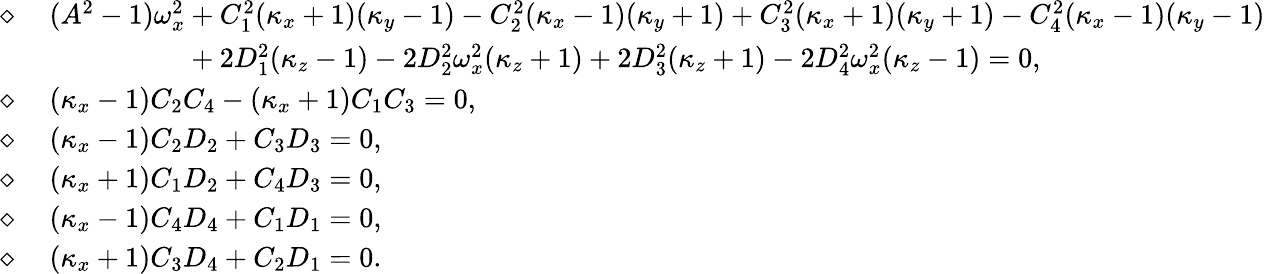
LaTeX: \begin{array}{rl}{\diamond\mathrm{~}}&{(A^{2}-1)\omega_{x}^{2}+C_{1}^{2}(\kappa_{x}+1)(\kappa_{y}-1)-C_{2}^{2}(\kappa_{x}-1)(\kappa_{y}+1)+C_{3}^{2}(\kappa_{x}+1)(\kappa_{y}+1)-C_{4}^{2}(\kappa_{x}-1)(\kappa_{y}-1)}\\ &{\phantom{(A^{2}-1)\omega_{x}^{2}}+2D_{1}^{2}(\kappa_{z}-1)-2D_{2}^{2}\omega_{x}^{2}(\kappa_{z}+1)+2D_{3}^{2}(\kappa_{z}+1)-2D_{4}^{2}\omega_{x}^{2}(\kappa_{z}-1)=0,}\\ {\diamond\mathrm{~}}&{(\kappa_{x}-1)C_{2}C_{4}-(\kappa_{x}+1)C_{1}C_{3}=0,}\\ {\diamond\mathrm{~}}&{(\kappa_{x}-1)C_{2}D_{2}+C_{3}D_{3}=0,}\\ {\diamond\mathrm{~}}&{(\kappa_{x}+1)C_{1}D_{2}+C_{4}D_{3}=0,}\\ {\diamond\mathrm{~}}&{(\kappa_{x}-1)C_{4}D_{4}+C_{1}D_{1}=0,}\\ {\diamond\mathrm{~}}&{(\kappa_{x}+1)C_{3}D_{4}+C_{2}D_{1}=0.}\end{array}